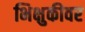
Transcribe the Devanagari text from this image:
भिक्षुकीवर